Lunatic asylums Burma 1907-21 - 1907-1921
Year: 1907
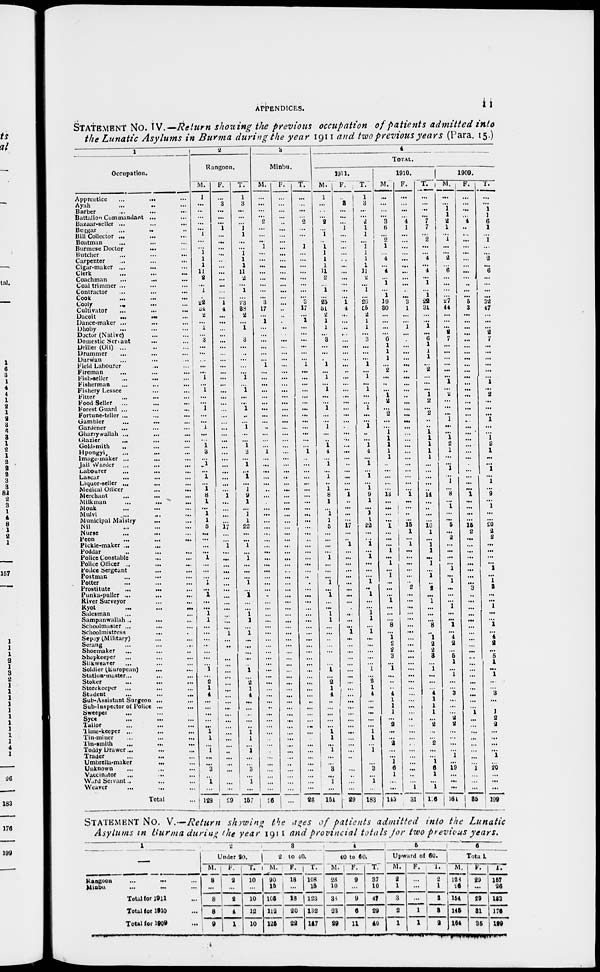
APPENDICES.
11
STATEMENT No. IV.—Return showing the previous occupation of patients admitted into
the Lunatic Asylums in Burma during the year 1911 and two previous years (Para. 15.)
1
Occupation.
Apprentice
...
... ...
Ayah ... ... ...
Barber ... ... ...
Battalion Commandant ... ... ...
Bazaar-seller ... ... ... ...
Beggar ... ... ...
Bill Collector ... ... ... ...
Boatman ... ... ...
Burmese Doctor ... ... ...
Butcher ... ... ...
Carpenter ... ... ...
Cigar-maker ... ... ... ...
Clerk ... ... ...
Coachman
...
... ...
Coal trimmer ... ... ... ...
Contractor
...
...
...
Cook ...
...
...
...
Cooly
...
...
...
...
Cultivator ... ... ...
Dacoit
...
...
...
Dance-maker
...
...
...
Dhoby ... ... ...
Doctor (Native) ... ... ...
Domestic Servant
...
...
...
Driller (Oil) ... ... ...
Drummer ... ... ...
Durwan ... ... ...
Field Labourer ... ... ...
Fireman ... ... ...
Fish-seller
...
...
...
Fisherman ... ... ...
Fishery Lessee ... ... ...
Fitter ... ... ...
Food Seller ... ... ...
Forest Guard ... ... ...
Fortune-teller ... ... ...
Gambler
...
...
...
Gardener ... ... ...
Gharry wallah ... ... ...
Glazier ... ... ...
Goldsmith ... ... ...
Hpongyi ... ... ...
Image-maker ... ... ...
Jail Warder ... ... ...
Labourer ... ... ...
Lascar ... ... ...
Liquor-seller ... ... ...
Medical Officer ... ... ...
Merchant ... ... ...
Milkman
...
...
...
Monk ... ... ...
Mulvi ... ... ...
Municipal Maistry ... ... ...
Nil ... ... ...
Nurse
...
...
...
Peon ... ... ...
Pickle-maker ... ... ...
Poddar ... ... ...
Police Constable ... ... ...
Police Officer ... ... ...
Police Sergeant ... ... ...
Postman ... ... ...
Potter ... ... ...
Prostitute
...
...
...
Punka-puller ...
...
...
River Surveyor ... ... ...
Ryol
...
...
...
Salesman ... ... ...
Sampanwallah ... ... ...
Schoolmaster ... ... ...
Schoolmistress ... ... ...
Sepoy (Military) ... ... ...
Strang
...
...
...
Shoemaker
...
Shopkeeper
...
...
...
Silkweaver ... ... ...
Soldier (European) ... ... ...
Station-master ... ... ...
Stoker ... ... ...
Storekeeper ... ... ...
Student
...
...
...
Sub-Assistant Surgeon ... ... ...
Sub-Inspector of Police ... ... ...
Sweeper ... ... ...
Syce ... ... ...
Tailor ... ... ...
Time-keeper ... ... ...
Tin-miner
...
...
...
Tin-smith
...
...
...
Toddy Drawer ... ... ...
Trader ... ... ...
Umbrella-maker ... ... ...
Unknown ... ... ...
Vaccinator ... ... ...
Ward Servant ... ... ...
Weaver
...
...
...
Total ...
2
Rangoon.
M.
1
...
...
...
...
...
1
...
...
1
1
1
11 2
...
1
...
22
34
2
...
1
...
3
...
...
...
...
...
1
...
1
...
...
1
...
...
1
...
...
1
3
...
1
...
1
...
1
8
1
...
1 1
5
...
...
...
...
1
...
...
...
1
...
1
...
...
1
1
...
...
...
...
...
...
...
1
...
2
1
4
...
...
...
...
...
1
1
...
1
...
...
3
...
1
...
128
F.
...
3
...
...
...
1
...
...
...
...
...
...
...
...
...
...
...
1
4
...
...
...
...
...
...
...
...
...
...
...
...
...
...
...
...
...
...
...
...
...
...
...
...
...
...
...
...
...
1
...
...
...
...
17
...
...
1
...
...
...
...
...
...
...
...
...
...
...
...
...
1
...
...
...
...
...
...
...
...
...
...
...
...
...
...
...
... ...
...
...
...
...
...
...
...
...
29
T.
1
3
...
...
...
1
1
...
...
1
1
1
11
2
...
1
...
23
88
2
...
1
...
3
...
..
...
...
...
1
...
1
...
...
1
...
...
1
...
...
1
3
...
1
.,.
1
...
1
9
1
...
1
1
22
...
...
1
...
1
...
...
...
1
...
1
...
...
1
1
...
1
...
...
...
...
...
1
...
2
1
4
...
...
...
...
...
1 1
...
1
...
...
3
...
1
...
157
3
Minbu.
M.
...
...
...
...
2
...
...
..
1
...
...
...
...
...
...
...
...
3
17
...
1
...
...
...
...
...
...
1
...
...
...
...
...
...
...
...
...
...
...
...
...
1
...
...
...
...
...
...
...
...
...
...
...
...
...
...
...
...
...
...
...
...
...
...
...
...
...
...
...
...
...
...
...
...
...
...
...
...
...
...
...
...
...
...
...
...
...
...
...
...
...
...
...
...
...
...
26
F.
...
...
...
...
...
...
...
...
...
...
...
...
...
...
...
...
...
...
...
...
...
...
...
...
...
...
...
...
...
...
...
...
...
...
...
...
...
...
...
...
...
...
...
...
...
...
...
...
...
...
...
...
...
...
...
...
...
...
...
...
...
...
...
...
...
...
...
...
...
...
...
...
...
...
...
....
...
...
...
...
...
...
...
...
...
...
...
...
...
...
...
...
...
...
...
...
...
T.
...
...
...
...
2
...
...
...
1
...
...
...
...
...
...
...
...
3
17
...
1
...
...
...
...
...
...
1
...
...
...
...
...
...
...
...
...
...
...
...
...
1
...
...
...
...
...
...
...
...
...
...
...
...
...
...
...
...
...
...
...
...
...
...
...
...
...
...
...
...
...
...
...
...
...
...
...
...
...
...
...
...
...
...
...
...
...
...
...
...
...
...
...
...
...
...
26
4
TOTAL.
1911.
M.
1
...
...
...
2
...
1
...
1
1
1
1
11
2
...
1
...
25
51
2
1
1
...
3
...
...
...
1
...
1
...
1
...
...
1
...
...
1
...
...
1 4
...
1
...
1
...
1
8
1
...
1 1
5
...
...
...
...
1
...
...
...
...
...
1
...
...
1
1
...
...
...
...
...
...
...
1
...
2
1
4
...
...
...
...
...
1 1
...
1
...
1
3
...
1
...
154
F.
...
3
...
...
...
1
...
...
...
...
. .
...
...
...
...
...
...
1
4
...
...
...
...
...
...
...
...
...
...
...
...
...
...
...
...
...
...
...
...
...
...
...
...
...
...
...
...
...
1
...
...
...
...
17
...
...
1
...
...
...
..
...
...
...
...
...
...
...
...
...
1 ...
...
...
...
...
...
...
...
...
...
...
...
...
...
...
...
...
...
...
...
...
...
...
...
...
29
T.
1
3
...
...
2
1
1
...
1
1
1
1
11
2
...
1
...
26
55
2
1
1
...
3
...
...
...
1
...
1
...
1
...
...
1
...
...
1
...
...
1
4
...
1
...
1
...
1
9
1
...
1
1
22
...
.
1
...
1
...
...
...
1
...
1
...
...
1
1
...
1
...
...
...
...
...
1
...
2 1
4
...
...
...
...
...
1
1
...
1
...
...
3
...
1
...
183
1910.
M.
...
...
...
...
3
6
...
2
1
...
4
...
4
...
1
...
1
19
30
...
...
...
...
6
1
1
1
...
2
...
...
...
1
2
...
2
...
...
1
1
1
1
1
...
...
...
...
...
13
...
...
...
...
1
...
...
...
1
...
1
...
1
...
...
...
1
...
...
...
8
...
1 2
2
3
...
1
...
...
...
4
1
1
1
...
2
...
...
2
...
...
1
6
1
...
...
145
F.
...
...
...
...
4
1
...
...
...
...
...
...
...
...
...
...
...
3
1
...
...
1
...
...
...
...
...
...
...
...
...
...
..
...
...
...
...
...
...
...
...
...
...
...
...
...
...
...
1
...
...
...
...
15
1
...
1
...
...
...
...
...
...
2
...
...
...
...
...
...
...
...
...
...
...
...
...
...
...
...
...
...
...
...
...
...
...
...
...
...
...
...
...
...
...
1
31
T.
...
...
...
...
7
7
...
2
1
...
4
...
4
...
1
...
1
22
31
...
...
1
...
6
1
1
1
...
2
...
...
...
1
2
...
2
..
..
1
1
1
1
1
...
...
...
...
...
14
...
...
...
...
16
1
...
1 1
...
1
...
1
...
2
...
1
...
...
...
8
...
1
2
2
3
...
1
...
...
...
4
1
1
1
...
2
...
...
2
...
...
1
6
1
...
1
16
1909.
M.
...
...
1
1
2
1
...
1
...
...
2
...
6
...
...
...
...
27
44
...
...
...
2
7
...
...
...
...
...
...
1
...
2
...
...
...
1
...
...
1
2
1
...
...
1
...
1
...
8
...
1
...
...
5
...
2
...
...
...
...
1
...
1
...
...
...
1
...
...
1
...
4
2
...
5
1
...
1
...
...
3
...
...
...
2
2
...
...
...
...
1
...
19
...
...
...
161
F.
...
...
...
...
4
..
...
...
...
...
...
...
...
...
...
...
...
5
3
...
...
...
...
...
...
...
...
...
...
...
...
...
...
...
...
...
...
...
...
...
...
...
...
...
...
...
...
...
1
...
...
...
...
15
2
...
...
...
...
...
...
...
...
3
...
...
...
...
...
...
...
...
...
...
...
...
...
...
...
...
...
...
...
1
...
...
...
...
...
...
...
...
1
...
...
...
86
T.
...
...
1
1
6
1
...
1
...
...
2
...
6
...
...
...
...
32
47
...
...
...
2
7
...
...
...
...
...
...
1
...
2
...
...
...
1
...
...
1
2
1
...
...
1
...
1
...
9
...
1
...
...
20
2
2
...
...
...
...
1
...
1
3
...
...
1
...
...
1
...
4
2
...
5
1
...
1
...
...
3
...
...
1
2
2
...
...
...
...
1
...
20
...
...
...
199
STATEMENT No. V.—Return showing the ages of patients admitted into the Lunatic
Asylums in Burma during the year 1911 and provincial totals for two previous years.
1
—
Rangoon ... ...
Minbu ... ...
Total for 1911 ...
Total for 1910 ...
Total for 1909 ...
2
Under 20.
M.
8
...
8
8
9
F.
2
...
2
4
1
T.
10
...
10
12
10
3
2 to 40.
M.
90
15
105
112
125
F.
18
...
18
20
22
T.
108
15
123
132
147
4
40 to 60.
M.
28
10
38
23
29
F.
9
...
9
6
11
T.
37
10
47
29
40
5
Upward of 60.
M.
2
1
3
2
1
F.
...
...
...
1
1
T.
2
1
3
3
2
6
Total
M.
128
26
154
145
164
F.
29
...
29
31
35
T.
157
26
183
176
199